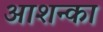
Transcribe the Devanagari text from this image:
आशन्का